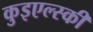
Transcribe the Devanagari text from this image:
कुइएल्स्की